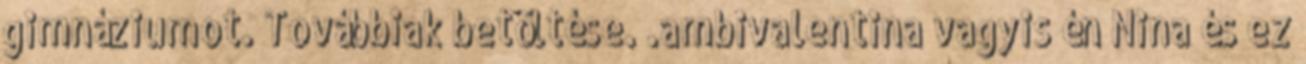
gimnáziumot. Továbbiak betöltése. .ambivalentina vagyis én Nina és ez